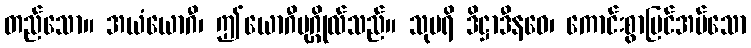
တည်သော။ အယံယောဂီ၊ ဤယောဂီပုဂ္ဂိုလ်သည်။ သုပရိ ဒိဋ္ဌာဒီနဝေ၊ ကောင်းစွာမြင်အပ်သော